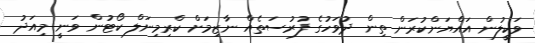
ވަކީލުން އައްޔަންކުރަން ތިން ދުވަހުގެ ފުރުސަތެއް ނާޒިމަށް ކްރިމިނަލް ކޯޓުން ވަނީ މިއަދު